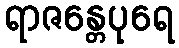
ရာဇန္တေပုရေ